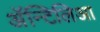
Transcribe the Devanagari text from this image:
अॅन्टिलिआ